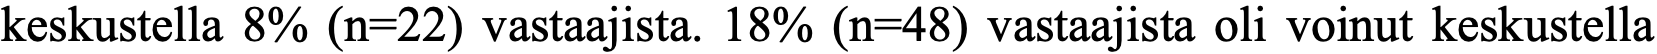
keskustella 8% (n=22) vastaajista. 18% (n=48) vastaajista oli voinut keskustella